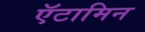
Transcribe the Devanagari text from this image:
ऍटामिन